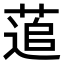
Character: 𮐕